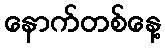
နောက်တစ်နေ့